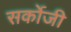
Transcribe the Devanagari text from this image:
सर्कोजी